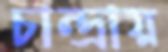
চান্দ্রায়